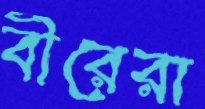
বীরেরা